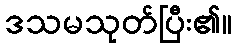
ဒသမသုတ်ပြီး၏။